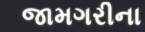
જામગરીના